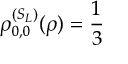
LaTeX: \rho _ { 0 , 0 } ^ { ( S _ { L } ) } ( \rho ) = { \frac { 1 } { 3 } }